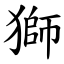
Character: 獅